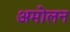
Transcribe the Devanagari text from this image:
अमोलन